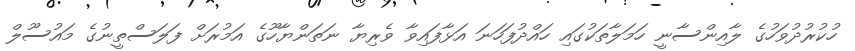
ހުކުރުދުވަހުގެ ލާއިންސާނީ ހަމަލާތަކުގައި ހައްދުފަހަނަ އަޅާފައިވާ ވެރިޔާ ނަތަންޔާހޫގެ އަމުރަށް ފަލަސްތީނުގެ މައުސޫލް